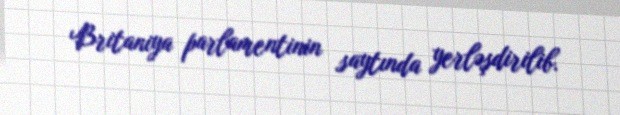
Britaniya parlamentinin saytında yerləşdirilib.